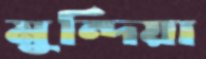
মুন্দিয়া